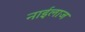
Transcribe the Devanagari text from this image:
नाईलाज